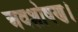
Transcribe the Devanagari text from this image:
अवशोषण।